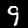
Digit: 9